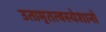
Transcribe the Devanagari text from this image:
उतामृतत्वस्येशानो